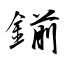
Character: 鎆